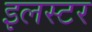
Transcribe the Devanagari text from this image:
इलस्टर